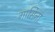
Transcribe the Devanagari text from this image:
गार्सिना